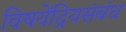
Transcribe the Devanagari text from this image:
विषयेंद्रियसंबंध